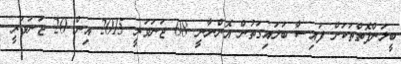
ބީލަންފޮތްތަކަށް ފައިސާ ބަލައިގަތުން އޮންނާނީ 08 ޖަނަވަރީ 2015 އިން 20 ޖަނަވަރީ